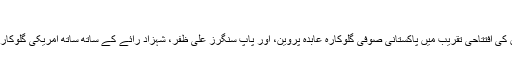
کھیل – Awaz92
پاکستان سپر لیگ کے تیسرے ایڈیشن کی افتتاحی تقریب میں پاکستانی صوفی گلوکارہ عابدہ پروین، اور پاپ سنگرز علی ظفر، شہزاد رائے کے ساتھ ساتھ امریکی گلوکار جیسن ڈیرولو بھی پرفارم کریں گے۔